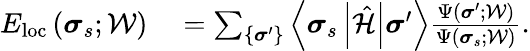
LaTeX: \begin{array}{rl}{E_{\mathrm{loc}}\left(\boldsymbol{\sigma}_{s};\mathcal{W}\right)}&{{}=\sum_{\left\{ \boldsymbol{\sigma}^{\prime}\right\} }\left\langle\boldsymbol{\sigma}_{s}\left|\hat{\mathcal{H}}\right|\boldsymbol{\sigma}^{\prime}\right\rangle\frac{\Psi\left(\boldsymbol{\sigma}^{\prime};\mathcal{W}\right)}{\Psi\left(\boldsymbol{\sigma}_{s};\mathcal{W}\right)}.}\end{array}